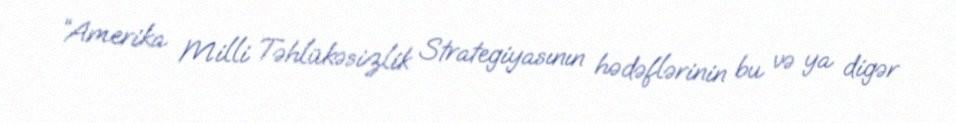
“Amerika Milli Təhlükəsizlik Strategiyasının hədəflərinin bu və ya digər